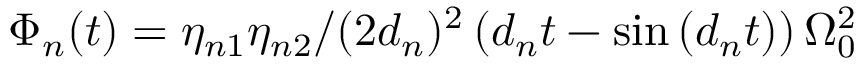
\Phi _ { n } ( t ) = { \eta _ { n 1 } \eta _ { n 2 } / ( 2 d _ { n } ) ^ { 2 } \left( d _ { n } t - \sin \left( d _ { n } t \right) \right) \Omega _ { 0 } ^ { 2 } }